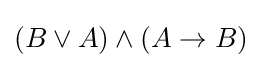
(B\lor A)\land (A\to B)